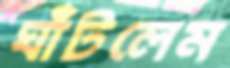
ঘাঁটলেম